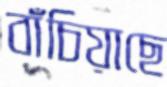
বাঁচিয়াছে